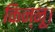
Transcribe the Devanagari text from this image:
किन्नू।